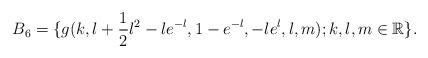
LaTeX: \begin{align*} B_6=\{g(k,l+\frac{1}{2}l^{2}-le^{-l},1-e^{-l},-le^{l},l,m); k,l,m \in \mathbb R\}. \end{align*}